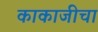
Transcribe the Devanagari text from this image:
काकाजीचा